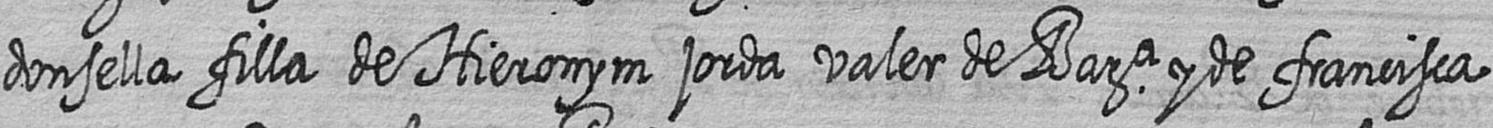
donsella filla de Hieronym jorda valer de Bara y de francisca